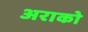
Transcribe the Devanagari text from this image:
अराको